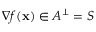
\nabla f ( \mathbf { x } ) \in A ^ { \perp } = S